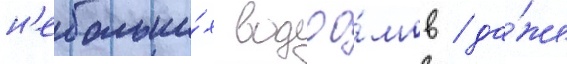
н'ебольши́х водоо́мов / да́же